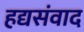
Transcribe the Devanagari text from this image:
हद्यसंवाद